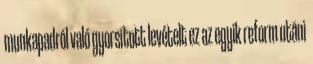
munkapadról való gyorsított levételt ez az egyik reform utáni